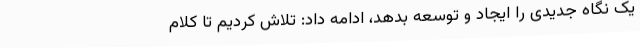
یک نگاه جدیدی را ایجاد و توسعه بدهد، ادامه داد: تلاش کردیم تا کلام